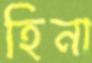
হিনা